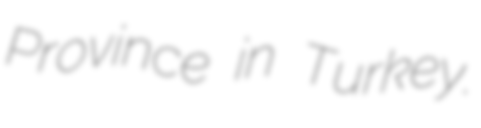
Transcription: Province in Turkey.